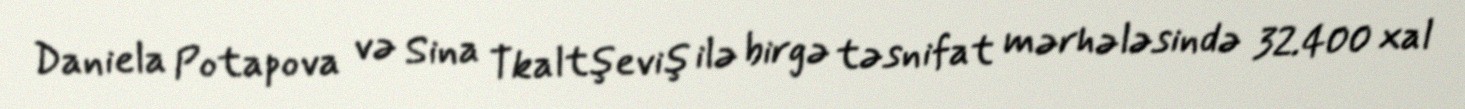
Daniela Potapova və Sina Tkaltşeviş ilə birgə təsnifat mərhələsində 32.400 xal